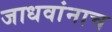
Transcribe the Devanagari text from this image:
जाधवांनाच